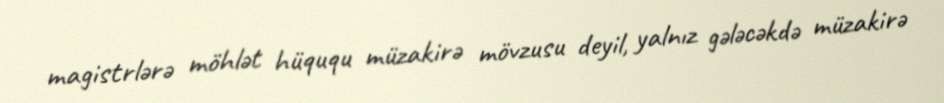
magistrlərə möhlət hüququ müzakirə mövzusu deyil, yalnız gələcəkdə müzakirə